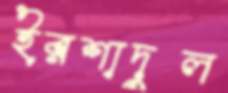
ইরশাদুল